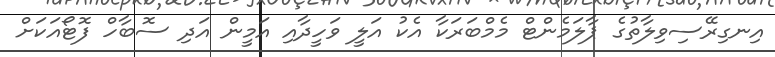
އިނގިރޭސިވިލާތުގެ ޕާލަމެންޓް މެމްބަރަކާ އެކު އަލީ ވަހީދާއި އަމީން އަދި ސޮބާހް ފޮޓޯއަކަށް